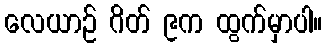
လေယာဉ် ဂိတ် ၉က ထွက်မှာပါ။